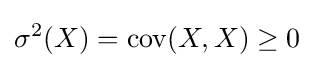
\sigma ^{2}(X)=\operatorname {cov} (X,X)\geq 0